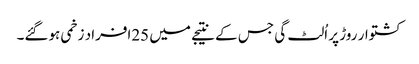
کشتوار روڑ پر اُلٹ گی جس کے نتیجے میں 25افراد زخمی ہوگئے۔